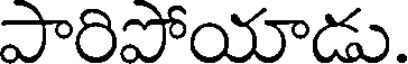
పారిపోయాడు.